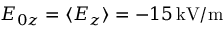
E _ { 0 z } = \langle E _ { z } \rangle = - 1 5 \, \mathrm { k V / m }